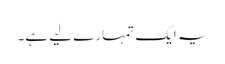
یہ ایک تمہارے لیے ہے۔